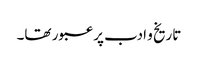
تاریخ و ادب پر عبور تھا۔